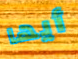
أيها